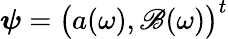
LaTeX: \boldsymbol{\psi}=\bigl(a(\omega),\mathscr{B}(\omega)\bigr)^{t}